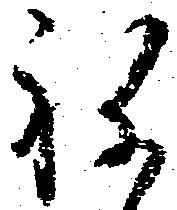
ね